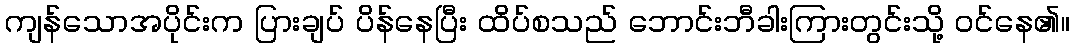
ကျန်သောအပိုင်းက ပြားချပ် ပိန်နေပြီး ထိပ်စသည် ဘောင်းဘီခါးကြားတွင်းသို့ ဝင်နေ၏။